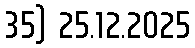
35) 25.12.2025